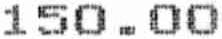
150.00